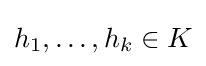
h_{1},\ldots ,h_{k}\in K